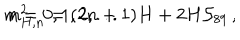
LaTeX: m _ { H , n } ^ { 2 } = ( 2 n + 1 ) H + 2 H { \cal S } _ { 8 9 } \, , \hspace { 1 c m } n = 0 , 1 , 2 , . . .